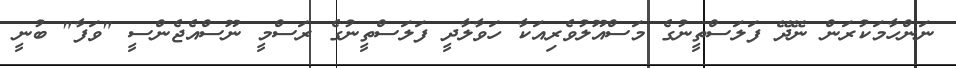
ނަންހާމަކުރަން ނޭދޭ ފަލަސްތީނުގެ މަސްއޫލުވެރިއަކާ ހަވާލާދީ ފަލަސްތީނުގެ ރަސްމީ ނޫސްއެޖެންސީ "ވަފާ" ބުނީ